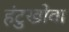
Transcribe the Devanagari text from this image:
हंटुखोवा